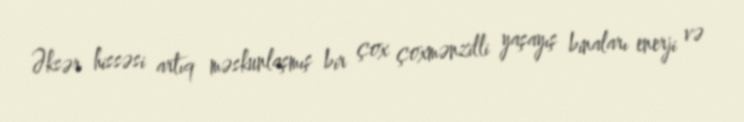
Əksər hissəsi artıq məskunlaşmış bir çox çoxmənzilli yaşayış binaları enerji və